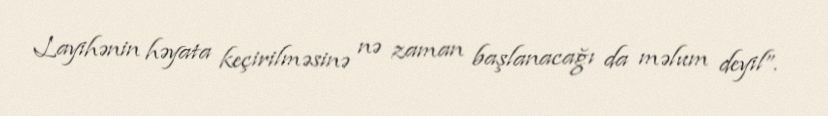
Layihənin həyata keçirilməsinə nə zaman başlanacağı da məlum deyil”.